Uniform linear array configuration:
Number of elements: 16
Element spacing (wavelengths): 1
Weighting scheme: binomial
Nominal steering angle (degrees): -30
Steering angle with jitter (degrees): -30.047
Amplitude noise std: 0.05
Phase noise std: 0.05

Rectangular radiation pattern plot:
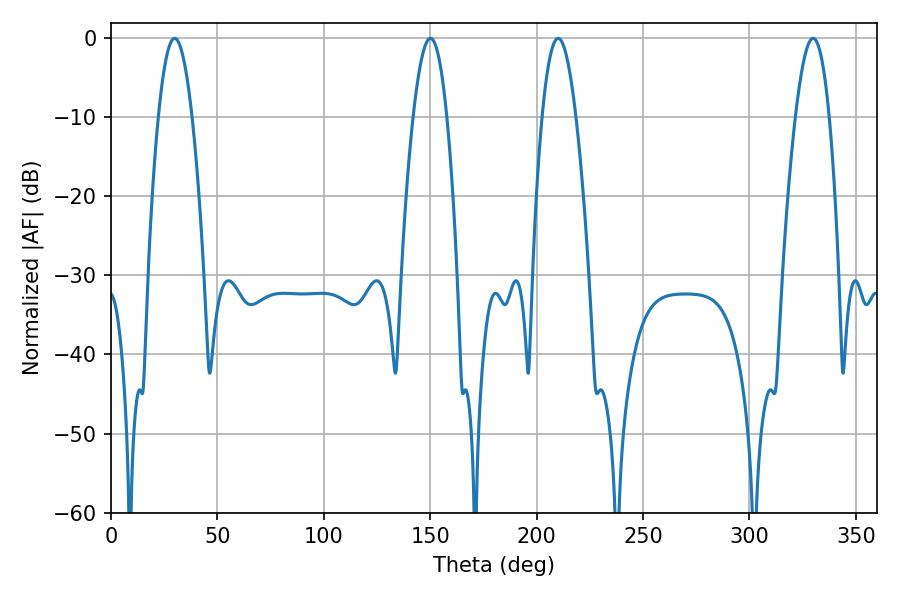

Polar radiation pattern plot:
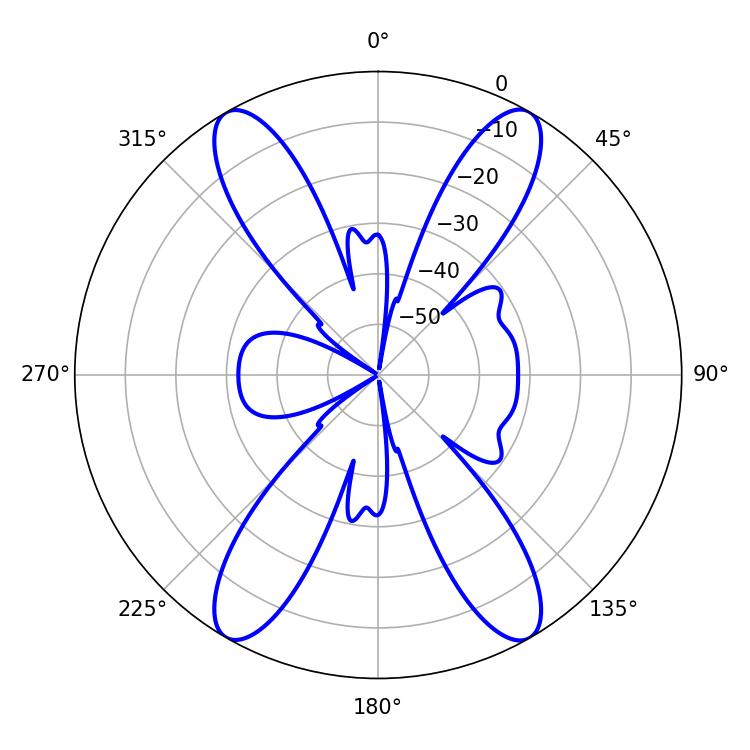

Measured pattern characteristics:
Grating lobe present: TRUE
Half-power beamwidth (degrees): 8.64
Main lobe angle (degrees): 29.88